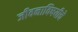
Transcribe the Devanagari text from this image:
जीवनाविषयीचे